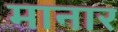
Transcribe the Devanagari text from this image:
मानार